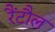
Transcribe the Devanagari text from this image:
रैंटौल